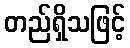
တည်ရှိသဖြင့်